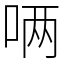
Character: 唡